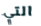
التي